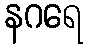
နဂရေ